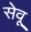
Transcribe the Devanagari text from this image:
सेवू